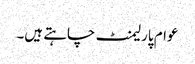
عوام پارلیمنٹ چاہتے ہیں۔